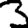
Digit: 3